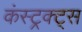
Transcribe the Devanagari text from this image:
कंस्ट्रक्ट्स